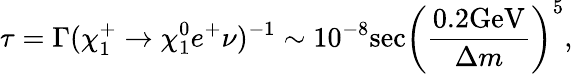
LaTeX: \tau=\Gamma(\chi_{1}^{+}\rightarrow\chi_{1}^{0}e^{+}\nu)^{-1}\sim 10^{-8}\mathrm{sec}\left(\frac{0.2\mathrm{GeV}}{\Delta m}\right)^{5},